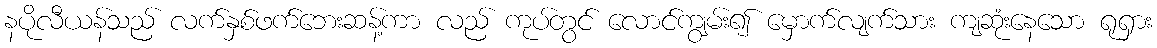
နပိုလီယန်သည် လက်နှစ်ဖက်ဘေးဆန့်ကာ လည် ကုပ်တွင် လောင်ကျွမ်း၍ မှောက်လျက်သား ကျဆုံးနေသော ရုရှား